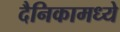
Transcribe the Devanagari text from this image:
दैनिकामध्ये